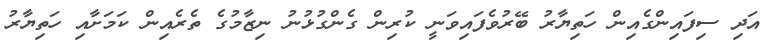
އަދި ސިފައިންގެއިން ހަތިޔާރު ބޭރުވެފައިވަނީ ކުރިން ގެންގުޅުނު ނިޒާމުގެ ތެރެއިން ކަމަށާއި ހަތިޔާރު